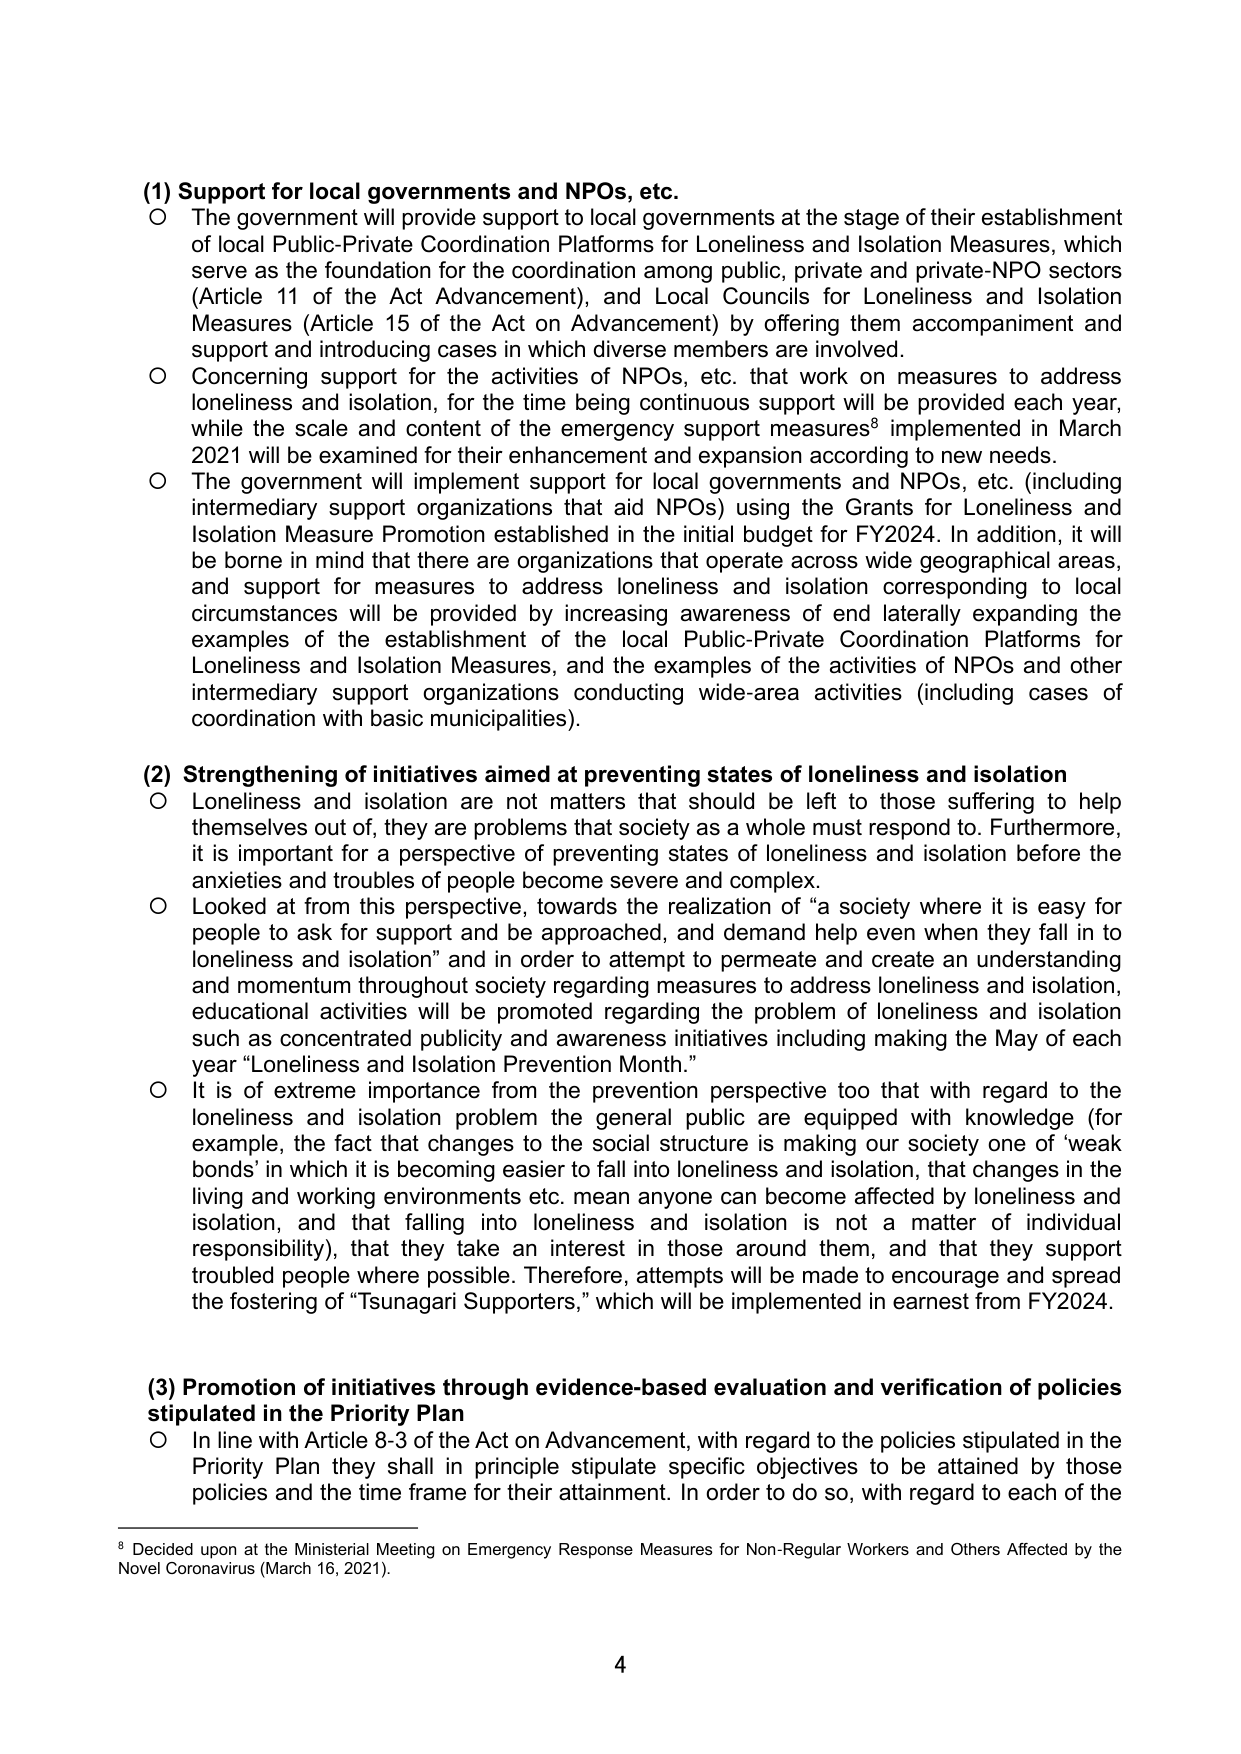
(1) Support for local governments and NPOs, etc.
○ The government will provide support to local governments at the stage of their establishment of local Public-Private Coordination Platforms for Loneliness and Isolation Measures, which serve as the foundation for the coordination among public, private and private-NPO sectors (Article 11 of the Act Advancement), and Local Councils for Loneliness and Isolation Measures (Article 15 of the Act on Advancement) by offering them accompaniment and support and introducing cases in which diverse members are involved.
○ Concerning support for the activities of NPOs, etc. that work on measures to address loneliness and isolation, for the time being continuous support will be provided each year, while the scale and content of the emergency support measures⁸ implemented in March 2021 will be examined for their enhancement and expansion according to new needs.
○ The government will implement support for local governments and NPOs, etc. (including intermediary support organizations that aid NPOs) using the Grants for Loneliness and Isolation Measure Promotion established in the initial budget for FY2024. In addition, it will be borne in mind that there are organizations that operate across wide geographical areas, and support for measures to address loneliness and isolation corresponding to local circumstances will be provided by increasing awareness of end laterally expanding the examples of the establishment of the local Public-Private Coordination Platforms for Loneliness and Isolation Measures, and the examples of the activities of NPOs and other intermediary support organizations conducting wide-area activities (including cases of coordination with basic municipalities).

(2) Strengthening of initiatives aimed at preventing states of loneliness and isolation
○ Loneliness and isolation are not matters that should be left to those suffering to help themselves out of, they are problems that society as a whole must respond to. Furthermore, it is important for a perspective of preventing states of loneliness and isolation before the anxieties and troubles of people become severe and complex.
○ Looked at from this perspective, towards the realization of “a society where it is easy for people to ask for support and be approached, and demand help even when they fall in to loneliness and isolation” and in order to attempt to permeate and create an understanding and momentum throughout society regarding measures to address loneliness and isolation, educational activities will be promoted regarding the problem of loneliness and isolation such as concentrated publicity and awareness initiatives including making the May of each year “Loneliness and Isolation Prevention Month.”
○ It is of extreme importance from the prevention perspective too that with regard to the loneliness and isolation problem the general public are equipped with knowledge (for example, the fact that changes to the social structure is making our society one of ‘weak bonds’ in which it is becoming easier to fall into loneliness and isolation, that changes in the living and working environments etc. mean anyone can become affected by loneliness and isolation, and that falling into loneliness and isolation is not a matter of individual responsibility), that they take an interest in those around them, and that they support troubled people where possible. Therefore, attempts will be made to encourage and spread the fostering of “Tsunagari Supporters,” which will be implemented in earnest from FY2024.

(3) Promotion of initiatives through evidence-based evaluation and verification of policies stipulated in the Priority Plan
○ In line with Article 8-3 of the Act on Advancement, with regard to the policies stipulated in the Priority Plan they shall in principle stipulate specific objectives to be attained by those policies and the time frame for their attainment. In order to do so, with regard to each of the

⁸ Decided upon at the Ministerial Meeting on Emergency Response Measures for Non-Regular Workers and Others Affected by the Novel Coronavirus (March 16, 2021).

4